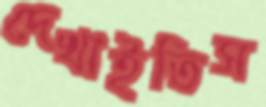
দেখাইতিস